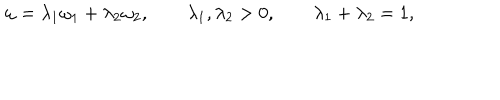
LaTeX: \omega = \lambda _ { 1 } \omega _ { 1 } + \lambda _ { 2 } \omega _ { 2 } , \qquad \lambda _ { 1 } , \lambda _ { 2 } > 0 , \qquad \lambda _ { 1 } + \lambda _ { 2 } = 1 ,